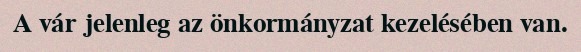
A vár jelenleg az önkormányzat kezelésében van.